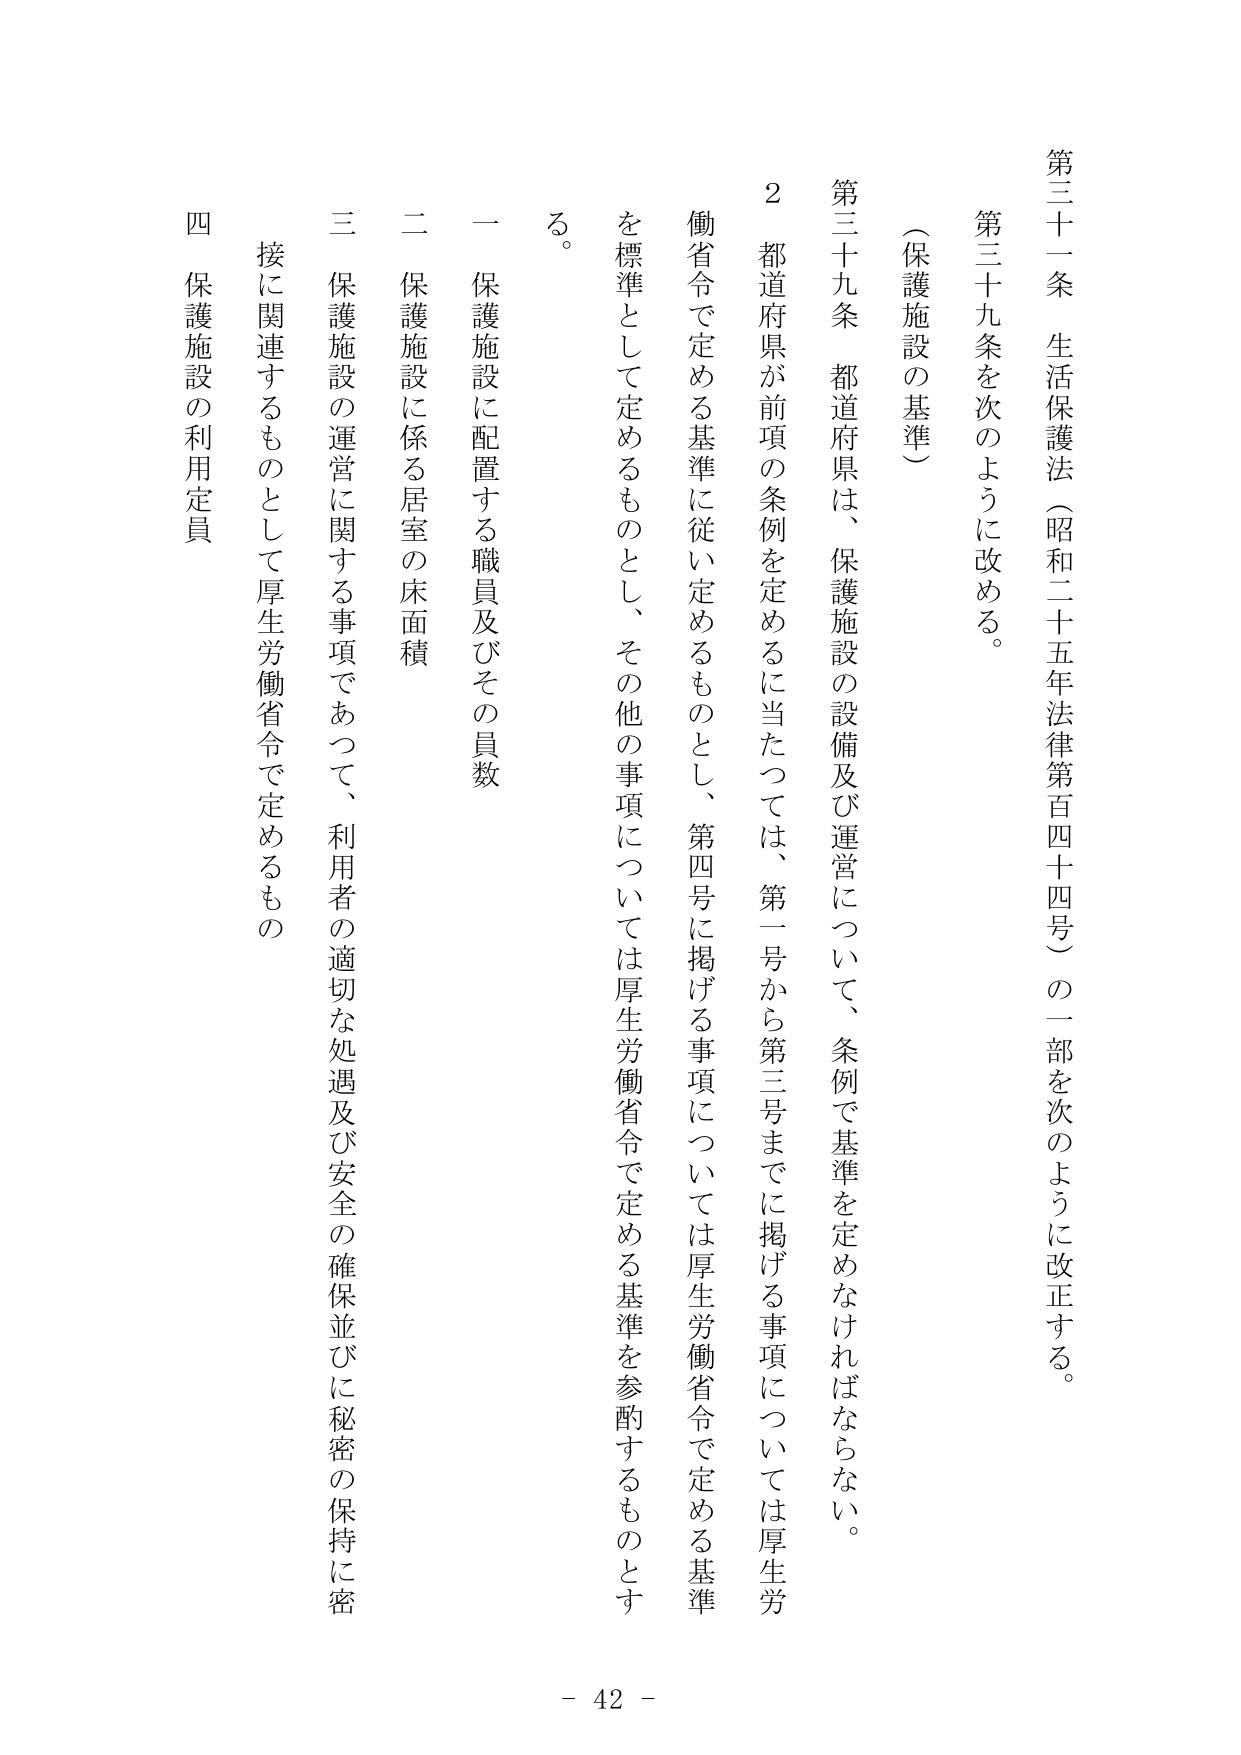
第三十一条 生活保護法（昭和二十五年法律第百四十四号）の一部を次のように改正する。

第三十九条を次のように改める。

（保護施設の基準）

第三十九条 都道府県は、保護施設の設備及び運営について、条例で基準を定めなければならない。

２ 都道府県が前項の条例を定めるに当たっては、第一号から第三号までに掲げる事項については厚生労働省令で定める基準に従い定めるものとし、第四号に掲げる事項については厚生労働省令で定める基準を標準として定めるものとし、その他の事項については厚生労働省令で定める基準を参酌するものとする。

一 保護施設に配置する職員及びその員数

二 保護施設に係る居室の床面積

三 保護施設の運営に関する事項であって、利用者の適切な処遇及び安全の確保並びに秘密の保持に密接に関連するものとして厚生労働省令で定めるもの

四 保護施設の利用定員

- 42 -